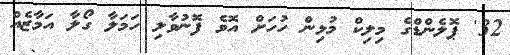
32' ޕޮލެންޑްގެ މިލިކް މުޅިން ހުހަށް އޮވެ ފޮނުވާލި ހަމަލާ ގޯލާ އަމާޒެއް